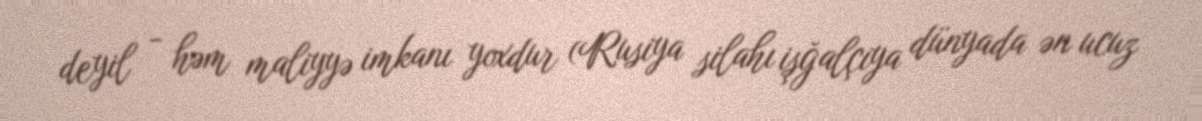
deyil - həm maliyyə imkanı yoxdur (Rusiya silahı işğalçıya dünyada ən ucuz